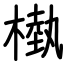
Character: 槸